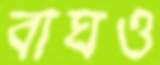
বাঘও